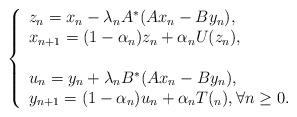
LaTeX: \begin{align*} {} \left\{ \begin{array}{ll} z_{n}=x_{n}-\lambda_{n} A^{*}(Ax_{n}-By_{n}),\\ x_{n+1}=(1-\alpha_{n})z_{n}+\alpha_{n}U(z_{n}),\\\\u_{n}=y_{n}+\lambda_{n} B^{*}(Ax_{n}-By_{n}),\\ y_{n+1}=(1-\alpha_{n})u_{n}+\alpha_{n}T(_{n}), \forall n\geq 0. & \textrm{ $ $} \end{array} \right.\end{align*}